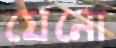
যেনো